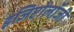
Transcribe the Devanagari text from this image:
इजिप्टोलॉजी